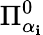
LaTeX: \Pi_{\alpha_{\mathbf{i}}}^{0}